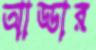
আড্ডার